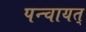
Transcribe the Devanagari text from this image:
पन्चायत्